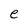
Character: e